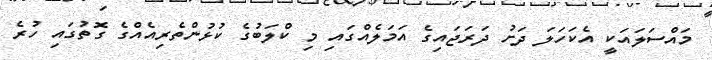
މައްސަލައަކީ އެކަހަލަ ދަށު ދަރަޖައިގެ އަމަލެއްގައި މި ކްލަބުގެ ކުޅުންތެރިއެއްގެ ގޮތުގައި ހުރެ